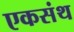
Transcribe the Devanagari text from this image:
एकसंथ